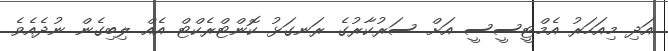
އަދި މިއަހަރު އެމްޓީސީސީ އަށް ސަރުކާރުގެ ރަނގަޅު ކޮންޓްރެކްޓް އެއް ލިބިގެން ނުދެއެވެ.